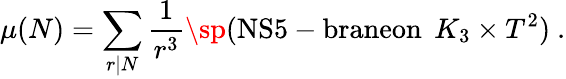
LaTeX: \mu(N)=\sum_{r|N}\frac{1}{r^{3}}\sp(\mathrm{NS5-braneon}\; \, K_{3}\times T^{2})\ .